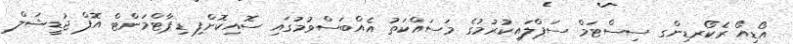
އޯޑިއޯ ރެކޯރޑިންގ ސިސްޓަމް ސަޕްލައިކުރުމުގެ މަސައްކަތު އެއްބަސްވުމުގައި ސޮއިކޮށްފި ޑިޕާޓްމަންޓް އޮފް ޖުޑީޝަލް